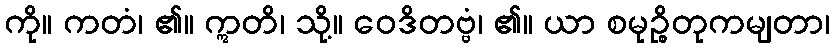
ကို။ ကတံ၊ ၏။ ဣတိ၊ သို့။ ဝေဒိတဗ္ဗံ၊ ၏။ ယာ စမုဉ္စိတုကမျတာ၊